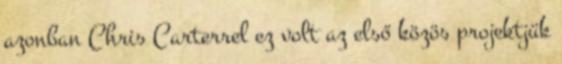
azonban Chris Carterrel ez volt az első közös projektjük